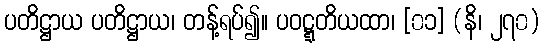
ပတိဋ္ဌာယ ပတိဋ္ဌာယ၊ တန့်ရပ်၍။ ပဝဋ္ဋတိယထာ၊ [၀၁] (နိ၊ ၂၇၀)